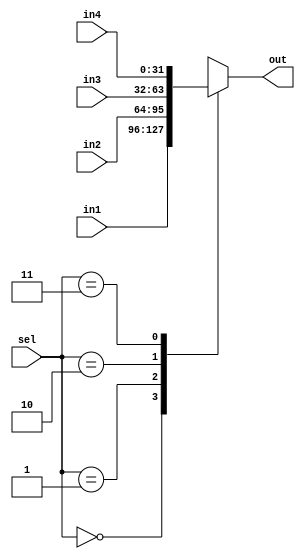
`timescale 1ns / 1ps
//////////////////////////////////////////////////////////////////////////////////
// Company: 
// Engineer: 
// 
// Design Name: 
// Module Name: Mux4to1
// Project Name: 
// Target Devices: 
// Tool Versions: 
// Description: 
// 
// Dependencies: 
// 
// Revision:
// Revision 0.01 - File Created
// Additional Comments:
// 
//////////////////////////////////////////////////////////////////////////////////


module Mux4to1(out, in1, in2, in3, in4, sel);
    output reg [31:0] out;
    input [31:0] in1, in2, in3, in4;
    input [1:0] sel;
    
    always@(in1 or in2 or in3 or in4 or sel) begin
        case(sel) 
            2'b00: out<= in1;
            2'b01: out<= in2;
            2'b10: out<= in3;
            2'b11: out<= in4;            
        endcase
    end
    
endmodule